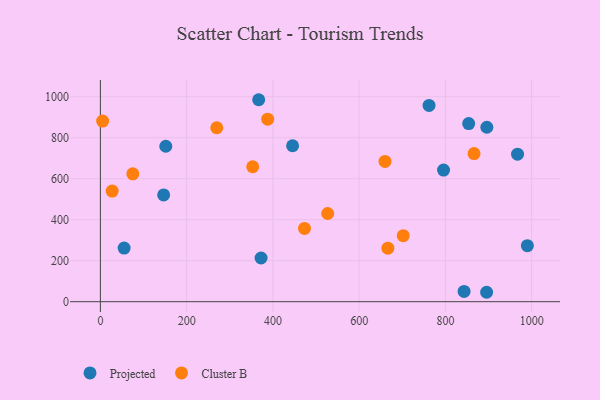
{"axis": {"x": "Study Hours", "y": "Exam Score"}, "legend": ["Cluster B", "Projected"], "data": [{"x": "445.7", "y": 761.0, "type": "Projected"}, {"x": "990.1", "y": 273.4, "type": "Projected"}, {"x": "795.7", "y": 642.1, "type": "Projected"}, {"x": "146.7", "y": 520.9, "type": "Projected"}, {"x": "151.7", "y": 758.4, "type": "Projected"}, {"x": "854.0", "y": 869.3, "type": "Projected"}, {"x": "372.6", "y": 213.3, "type": "Projected"}, {"x": "967.3", "y": 719.6, "type": "Projected"}, {"x": "55.0", "y": 261.6, "type": "Projected"}, {"x": "762.1", "y": 957.8, "type": "Projected"}, {"x": "843.3", "y": 50.2, "type": "Projected"}, {"x": "367.1", "y": 985.5, "type": "Projected"}, {"x": "895.6", "y": 46.0, "type": "Projected"}, {"x": "896.1", "y": 851.3, "type": "Projected"}, {"x": "660.0", "y": 684.6, "type": "Cluster B"}, {"x": "5.2", "y": 881.5, "type": "Cluster B"}, {"x": "866.4", "y": 722.6, "type": "Cluster B"}, {"x": "702.2", "y": 322.1, "type": "Cluster B"}, {"x": "269.9", "y": 848.8, "type": "Cluster B"}, {"x": "666.6", "y": 261.0, "type": "Cluster B"}, {"x": "75.2", "y": 623.9, "type": "Cluster B"}, {"x": "527.1", "y": 430.3, "type": "Cluster B"}, {"x": "473.3", "y": 357.6, "type": "Cluster B"}, {"x": "388.0", "y": 890.7, "type": "Cluster B"}, {"x": "353.2", "y": 658.5, "type": "Cluster B"}, {"x": "27.3", "y": 539.7, "type": "Cluster B"}]}